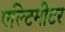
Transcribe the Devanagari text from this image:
एल्टिमीटर